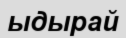
ыдырай